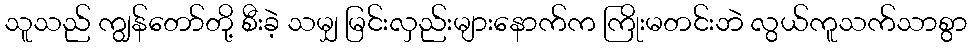
သူသည် ကျွန်တော်တို့ စီးခဲ့ သမျှ မြင်းလှည်းများနောက်က ကြိုးမတင်းဘဲ လွယ်ကူသက်သာစွာ